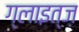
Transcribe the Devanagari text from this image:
ग्लाइत्ज़